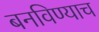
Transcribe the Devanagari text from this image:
बनविण्याच